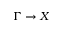
\Gamma \rightarrow X